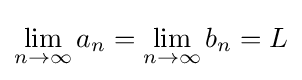
\lim _{n\to \infty }a_{n}=\lim _{n\to \infty }b_{n}=L